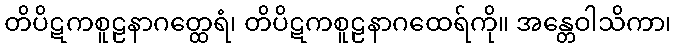
တိပိဋကစူဠနာဂတ္ထေရံ၊ တိပိဋကစူဠနာဂထေရ်ကို။ အန္တေဝါသိကာ၊